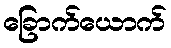
ခြောက်ယောက်